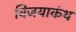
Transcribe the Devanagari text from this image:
विजयाकंथ